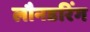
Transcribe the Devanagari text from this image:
लौनडरिंग